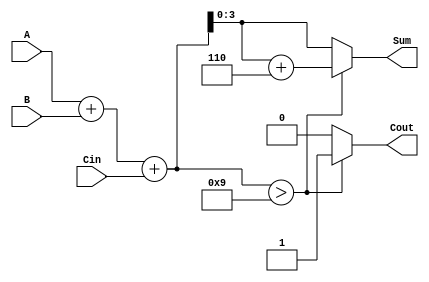
module BCD_Parallel_Adder (
    input  [3:0] A,     // First BCD digit
    input  [3:0] B,     // Second BCD digit
    input        Cin,    // Carry-in
    output reg [3:0] Sum, // Resulting BCD digit
    output reg Cout      // Carry-out
);

    wire [4:0] S;       // Intermediate sum (5 bits to accommodate carry)
    
    // Step 1: Add A, B, and Cin
    assign S = A + B + Cin;

    // Step 2: Check if correction is needed
    always @(*) begin
        if (S > 9) begin
            // Correction needed
            Sum = S[3:0] + 4'b0110; // Add 6 to the lower 4 bits
            Cout = 1;               // Set carry-out
        end else begin
            // No correction needed
            Sum = S[3:0];           // Assign the lower 4 bits
            Cout = 0;               // No carry-out
        end
    end

endmodule